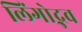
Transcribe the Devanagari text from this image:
लिंगोद्भव